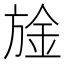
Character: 𮲙